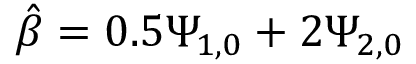
\hat { \beta } = 0 . 5 \Psi _ { 1 , 0 } + 2 \Psi _ { 2 , 0 }